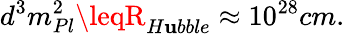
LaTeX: d^{3}m_{Pl}^{2}\leqR_{H\mathbf{u}bble}\approx10^{28}cm.